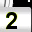
Digit: 2